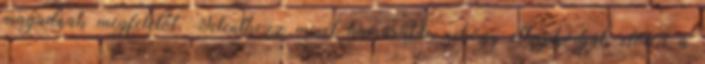
magadnak megfelelőt. Jelentkezz minél hamarabb, nehogy elkapkodják előled a